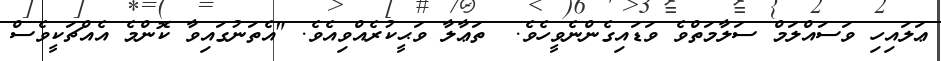
ޢަލައިހި ވަސައްލަމް ސަލާމަތްވެ ވަޑައިގެންނެވީހެވެ.  ތަޢާލާ ވަޙީކުރެއްވިއެވެ. "އެތަނުގައިވާ ކޮންމެ އެއްޗަކީވެސް